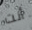
أنت